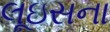
લૂઇસના